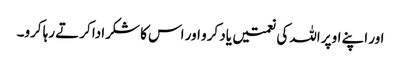
اور اپنے اوپر اللہ کی نعمتیں یاد کرو اور اس کا شکرادا کرتے رہا کرو۔